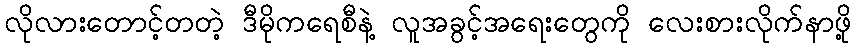
လိုလားတောင့်တတဲ့ ဒီမိုကရေစီနဲ့ လူအခွင့်အရေးတွေကို လေးစားလိုက်နာဖို့